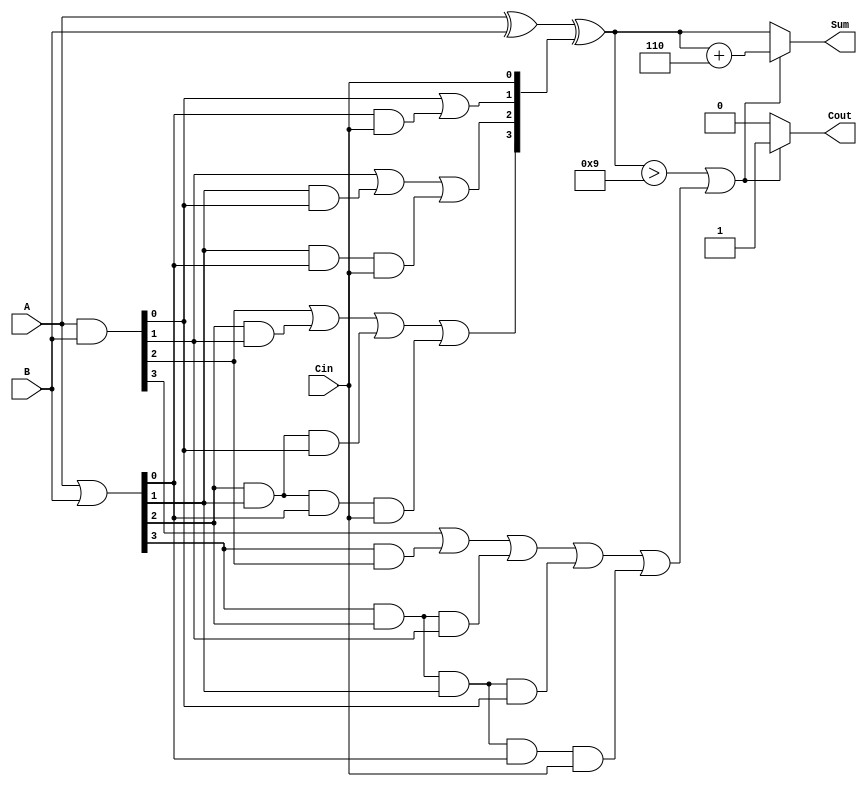
module BCD_Carry_Lookahead_Adder (
    input  [3:0] A,      // First BCD digit
    input  [3:0] B,      // Second BCD digit
    input        Cin,     // Carry input
    output reg [3:0] Sum, // BCD sum output
    output reg Cout       // Carry output
);

// Internal signals
wire [3:0] G; // Generate signals
wire [3:0] P; // Propagate signals
wire [4:0] C; // Carry signals

// Generate and Propagate calculations
assign G = A & B;          // G[i] = A[i] AND B[i]
assign P = A | B;          // P[i] = A[i] OR B[i]

// Carry signal calculations
assign C[0] = Cin;                               // C[0] = Cin
assign C[1] = G[0] | (P[0] & C[0]);              // C[1]
assign C[2] = G[1] | (P[1] & G[0]) | (P[1] & P[0] & C[0]); // C[2]
assign C[3] = G[2] | (P[2] & G[1]) | (P[2] & P[1] & G[0]) | (P[2] & P[1] & P[0] & C[0]); // C[3]
assign C[4] = G[3] | (P[3] & G[2]) | (P[3] & P[2] & G[1]) | (P[3] & P[2] & P[1] & G[0]) | (P[3] & P[2] & P[1] & P[0] & C[0]); // C[4]

// Calculate raw sum
wire [3:0] raw_sum;
assign raw_sum = A ^ B ^ C[3:0]; // Sum[i] = A[i] XOR B[i] XOR C[i]

// BCD correction logic
always @(*) begin
    if (raw_sum > 9 || C[4]) begin // Check if correction is needed
        Sum = raw_sum + 4'b0110;   // Add 6 for BCD correction
        Cout = 1;                  // Set carry out
    end else begin
        Sum = raw_sum;             // No correction needed
        Cout = 0;                  // No carry out
    end
end

endmodule